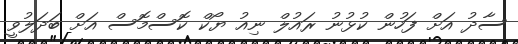
ސާދު އަށް ފަހުން ކުޅުނު ރައުލް ނިއު ޔޯކް ކޮސްމޮސް އަށް ބަދަލުވީ